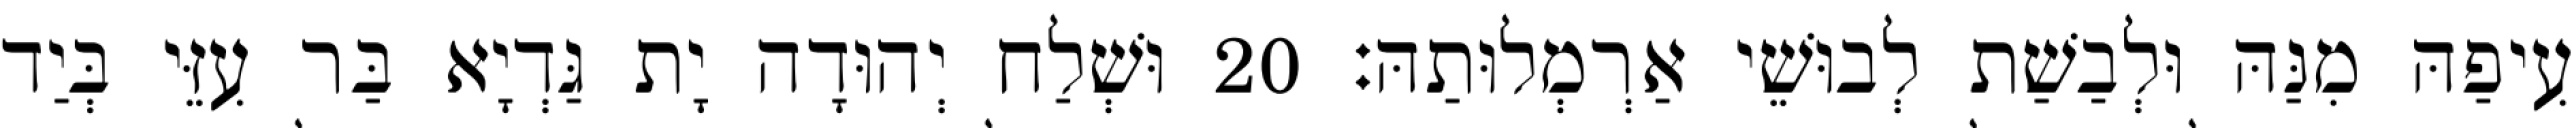
עִיפַהּ מִנַּהּ וּלְבַשַׁת לְבוּשֵׁי אַרְמְלוּתַהּ׃ 20 וּשְׁלַח יְהוּדָה יָת גַּדְיָא בַּר עִזֵּי בְּיַד